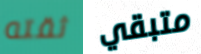
ثقته متبقي